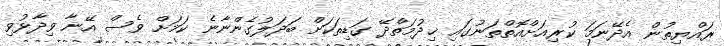
ރައްޔިތުން އެދޭނަމަ ކުރިއަށްއޮތްތަނުގައި ޚިދުމަތްދޭ ގަޑިތަކަށް ބަދަލުގެންނާނެ ކަމަށް ވެސް އޭނާ ވިދާޅުވި